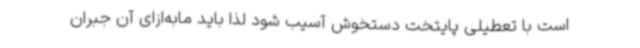
است با تعطیلی پایتخت دستخوش‌ آسیب شود لذا باید مابه‌ازای آن جبران